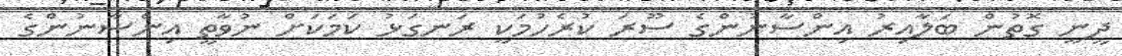
ދީނީ ގޮތުން ބަލާއިރު އިންސާނުންގެ ސޫރަ ކުރެހުމަކީ ރަނގަޅު ކަމަކަށް ނުވާތީ އިންސާނުންގެ